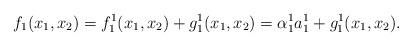
LaTeX: \begin{align*}f_1(x_1,x_2)= f_1^1(x_1,x_2)+ g_1^1(x_1,x_2)= \alpha_1^1 a_1^1+ g_1^1(x_1,x_2).\end{align*}